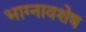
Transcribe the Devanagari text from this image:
भाग्नावशेष